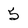
Character: 5